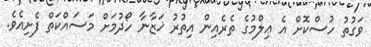
ވަގުތު ހުސްކޮށް އެ ޢިލްމުގެ ތެރެއިން އިތުރު ޚަޒާނާ ހޯދުމަށް މަސައްކަތް ފެށިއެވެ.